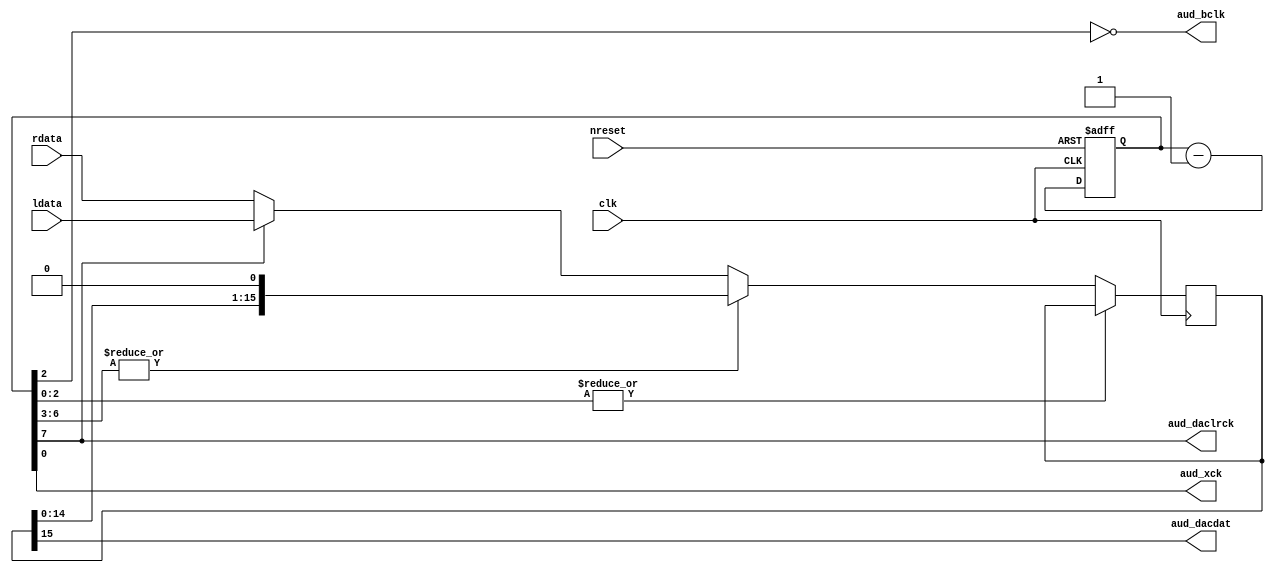
/* audio_shifter.v */


module audio_shifter(
  input  wire           clk,    //32MHz
  input  wire           nreset,
  input  wire [15:0]    rdata,
  input  wire [15:0]    ldata,
  output wire           aud_bclk,
  output wire           aud_daclrck,
  output wire           aud_dacdat,
  output wire           aud_xck
);


//// audio output shifter ////

reg  [  9-1:0] shiftcnt;
reg  [ 16-1:0] shift;

always @(posedge clk, negedge nreset) begin
  if(~nreset)
    shiftcnt <= 9'd0;
  else
    shiftcnt <= shiftcnt - 9'd1;
end

always @ (posedge clk) begin
  if(~|shiftcnt[2:0]) begin
    if (~|shiftcnt[6:3])
      shift <= #1 (shiftcnt[7]) ? ldata : rdata;
    else
      shift <= #1 {shift[14:0], 1'b0};
  end
end


//// output ////
assign aud_daclrck = shiftcnt[7];
assign aud_bclk    = ~shiftcnt[2];
assign aud_xck     = shiftcnt[0];
assign aud_dacdat  = shift[15];


endmodule